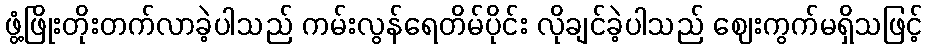
ဖွံ့ဖြိုးတိုးတက်လာခဲ့ပါသည် ကမ်းလွန်ရေတိမ်ပိုင်း လိုချင်ခဲ့ပါသည် ဈေးကွက်မရှိသဖြင့်